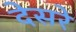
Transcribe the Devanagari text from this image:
देसरे